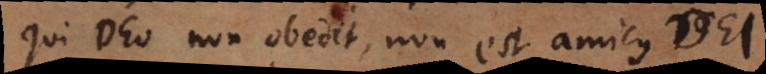
Qui Deo non obedit, non est amicus Dei.